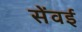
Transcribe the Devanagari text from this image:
सेंवई